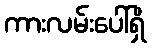
ကားလမ်းပေါ်ရှိ